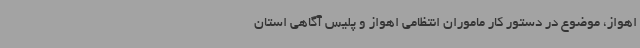
اهواز، موضوع در دستور کار ماموران انتظامی اهواز و پلیس آگاهی استان